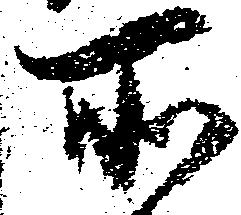
所